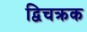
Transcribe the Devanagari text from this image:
द्विचक्रक